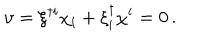
\upsilon = \xi ^ { \dagger i } \chi _ { i } + \xi _ { i } ^ { \dagger } \chi ^ { i } = 0 \, .